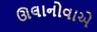
ઊલાનોવાએ